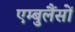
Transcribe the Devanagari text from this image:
एम्बुलैंसों